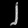
Digit: ၂